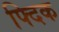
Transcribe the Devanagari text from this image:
फ्दिक